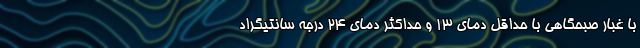
با غبار صبحگاهی با حداقل دمای ۱۳ و حداکثر دمای ۲۴ درجه سانتیگراد